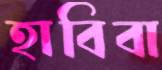
হাবিবা